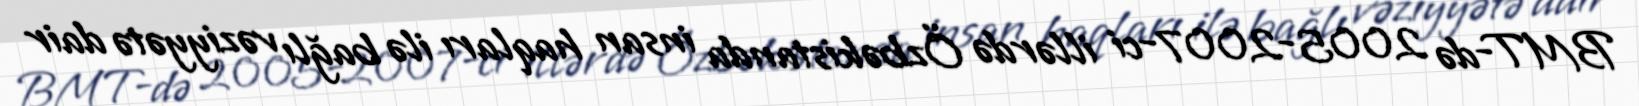
BMT-də 2005-2007-ci illərdə Özbəkistanda insan haqları ilə bağlı vəziyyətə dair